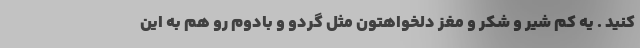
کنید . یه کم شیر و شکر و مغز دلخواهتون مثل گردو و بادوم رو هم به این